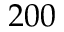
2 0 0